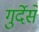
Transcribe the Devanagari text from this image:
गुर्देसे